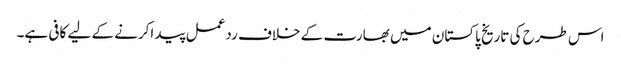
اس طرح کی تاریخ پاکستان میں بھارت کے خلاف ردعمل پید اکرنے کے لیے کافی ہے۔